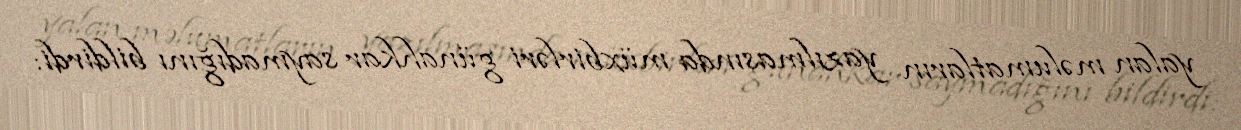
yalan məlumatların yazılmasında müxbirləri günahkar saymadığını bildirdi: